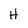
Character: H